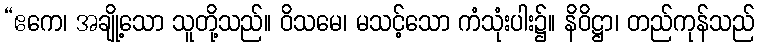
“ဧကေ၊ အချို့သော သူတို့သည်။ ဝိသမေ၊ မသင့်သော ကံသုံးပါး၌။ နိဝိဋ္ဌာ၊ တည်ကုန်သည်